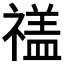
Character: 𮂕